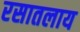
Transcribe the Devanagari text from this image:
रसातलाय